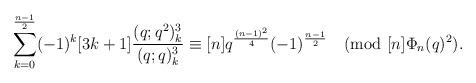
LaTeX: \begin{align*}\sum_{k=0}^{\frac{n-1}{2}}(-1)^k [3k+1]\frac{(q;q^2)_k^3}{(q;q)_k^3}\equiv [n]q^{\frac{(n-1)^2}{4}}(-1)^{\frac{n-1}{2}} \pmod{[n]\Phi_n(q)^2}. \end{align*}